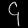
Digit: ၄